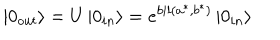
LaTeX: \left| 0 _ { o u t } \right\rangle = U \left| 0 _ { i n } \right\rangle = e ^ { b i l ( a ^ { * } , b ^ { * } ) } \left| 0 _ { i n } \right\rangle